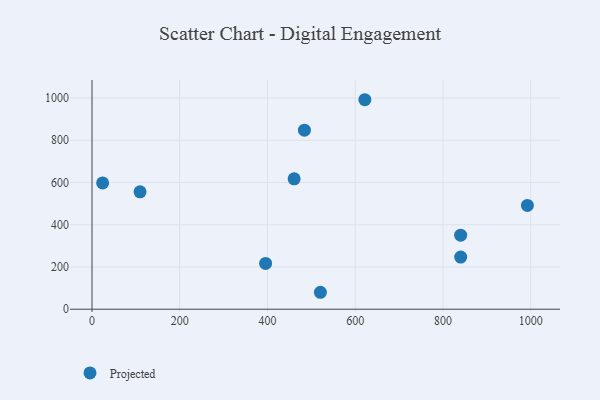
{"axis": {"x": "Distance", "y": "Sales"}, "legend": ["Projected"], "data": [{"x": "109.5", "y": 556.0, "type": "Projected"}, {"x": "484.2", "y": 847.9, "type": "Projected"}, {"x": "992.4", "y": 491.5, "type": "Projected"}, {"x": "840.3", "y": 350.7, "type": "Projected"}, {"x": "395.7", "y": 217.0, "type": "Projected"}, {"x": "520.6", "y": 80.2, "type": "Projected"}, {"x": "460.7", "y": 617.6, "type": "Projected"}, {"x": "24.2", "y": 598.0, "type": "Projected"}, {"x": "621.9", "y": 992.0, "type": "Projected"}, {"x": "840.4", "y": 246.8, "type": "Projected"}]}